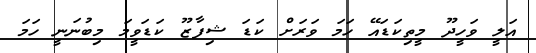
އަލީ ވަހީދޫ މީތިކަޑައޭ ހަމަ ވަރަށް ކަޑަ ޝިފާޒޫ ކަޑަވީމަ މިބުނަނީ ހަމަ